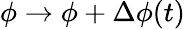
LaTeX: \phi\rightarrow\phi+\Delta\phi(t)